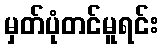
မှတ်ပုံတင်မူရင်း